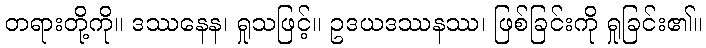
တရားတို့ကို။ ဒဿနေန၊ ရှုသဖြင့်။ ဥဒယဒဿနဿ၊ ဖြစ်ခြင်းကို ရှုခြင်း၏။